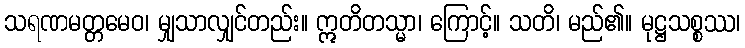
သရဏမတ္တမေဝ၊ မျှသာလျှင်တည်း။ ဣတိတသ္မာ၊ ကြောင့်။ သတိ၊ မည်၏။ မုဋ္ဌသစ္စဿ၊